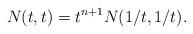
LaTeX: \begin{align*}N(t,t)=t^{n+1}N(1/t,1/t).\end{align*}